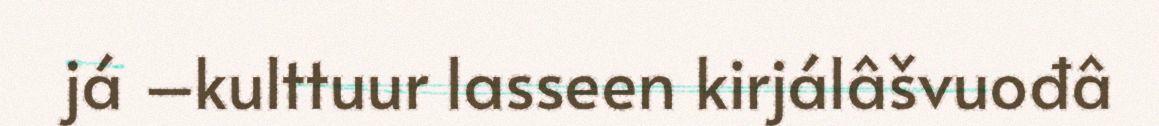
já –kulttuur lasseen kirjálâšvuođâ